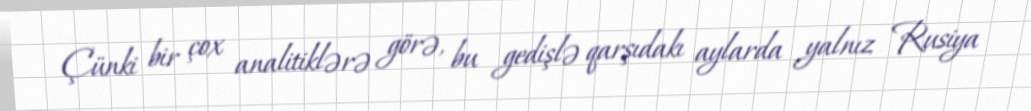
Çünki bir çox analitiklərə görə, bu gedişlə qarşıdakı aylarda yalnız Rusiya